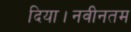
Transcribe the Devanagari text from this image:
दिया।नवीनतम